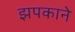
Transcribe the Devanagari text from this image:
झपकाने